Indian Medical Review
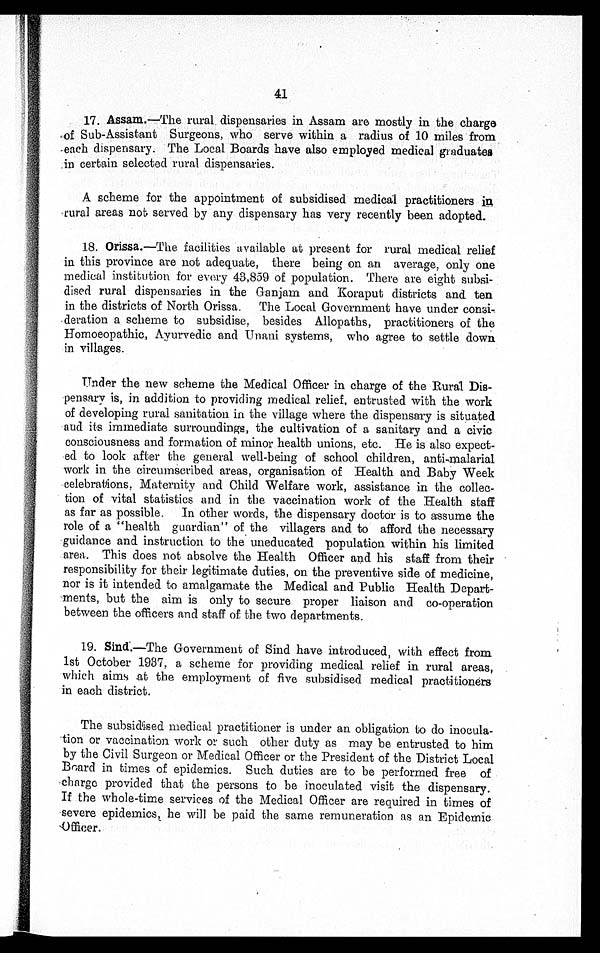
41
17. Assam.—The rural dispensaries in Assam are mostly in the charge
of Sub-Assistant Surgeons, who serve within a radius of 10 miles from
each dispensary. The Local Boards have also employed medical graduates
in certain selected rural dispensaries.
A scheme for the appointment of subsidised medical practitioners in
rural areas not served by any dispensary has very recently been adopted.
18. Orissa.—The facilities available at present for rural medical relief
in this province are not adequate, there being on an average, only one
medical institution for every 43,859 of population. There are eight subsi-
dised rural dispensaries in the Ganjam and Koraput districts and ten
in the districts of North Orissa. The Local Government have under consi-
deration a scheme to subsidise, besides Allopaths, practitioners of the
Homoeopathic, Ayurvedic and Unani systems, who agree to settle down
in villages.
Under the new scheme the Medical Officer in charge of the Rural Dis-
pensary is, in addition to providing medical relief, entrusted with the work
of developing rural sanitation in the village where the dispensary is situated
and its immediate surroundings, the cultivation of a sanitary and a civic
consciousness and formation of minor health unions, etc. He is also expect-
ed to look after the general well-being of school children, anti-malarial
work in the circumscribed areas, organisation of Health and Baby Week
celebrations, Maternity and Child Welfare work, assistance in the collec-
tion of vital statistics and in the vaccination work of the Health staff
as far as possible. In other words, the dispensary doctor is to assume the
role of a "health guardian" of the villagers and to afford the necessary
guidance and instruction to the uneducated population within his limited
area. This does not absolve the Health Officer and his staff from their
responsibility for their legitimate duties, on the preventive side of medicine,
nor is it intended to amalgamate the Medical and Public Health Depart-
ments, but the aim is only to secure proper liaison and co-operation
between the officers and staff of the two departments.
19. Sind.— The Government of Sind have introduced, with effect from
1st October 1937, a scheme for providing medical relief in rural areas,
which aims at the employment of five subsidised medical practitioners
in each district.
The subsidised medical practitioner is under an obligation to do inocula-
tion or vaccination work or such other duty as may be entrusted to him
by the Civil Surgeon or Medical Officer or the President of the District Local
Board in times of epidemics. Such duties are to be performed free of
charge provided that the persons to be inoculated visit the dispensary.
If the whole-time services of the Medical Officer are required in times of
severe epidemics, he will be paid the same remuneration as an Epidemic
Officer.